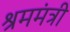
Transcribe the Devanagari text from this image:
श्रममंत्री